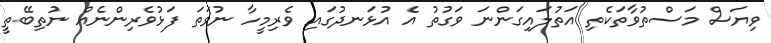
ވިޔަސް މަސްތުވާތަކެތި އަތުލައިގަންނަ ވަގުތު އެ އުޅަނދުގައި ވެރިމީހާ ނުވަތަ ފަޅުވެެރިންނެއް ނުތިބޭތީި